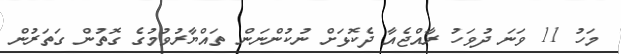
މަހު 11 ވަނަ ދުވަހު ރާއްޖެއާ ދެކޮޅަށް ނުކުންނަން ތައްޔާރުވުމުގެ ގޮތުން ގަތަރުން